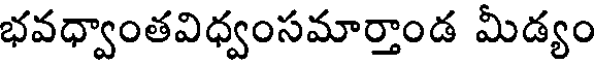
భవధ్వాంతవిధ్వంసమార్తాండ మీడ్యం